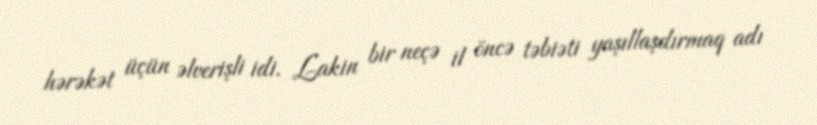
hərəkət üçün əlverişli idi. Lakin bir neçə il öncə təbiəti yaşıllaşdırmaq adı